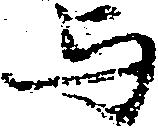
与